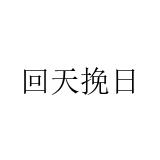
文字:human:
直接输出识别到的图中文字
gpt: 回天挽日